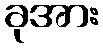
ခုအား